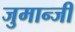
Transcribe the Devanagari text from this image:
जुमान्जी